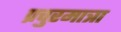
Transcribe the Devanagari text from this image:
प्रचुरमात्रा